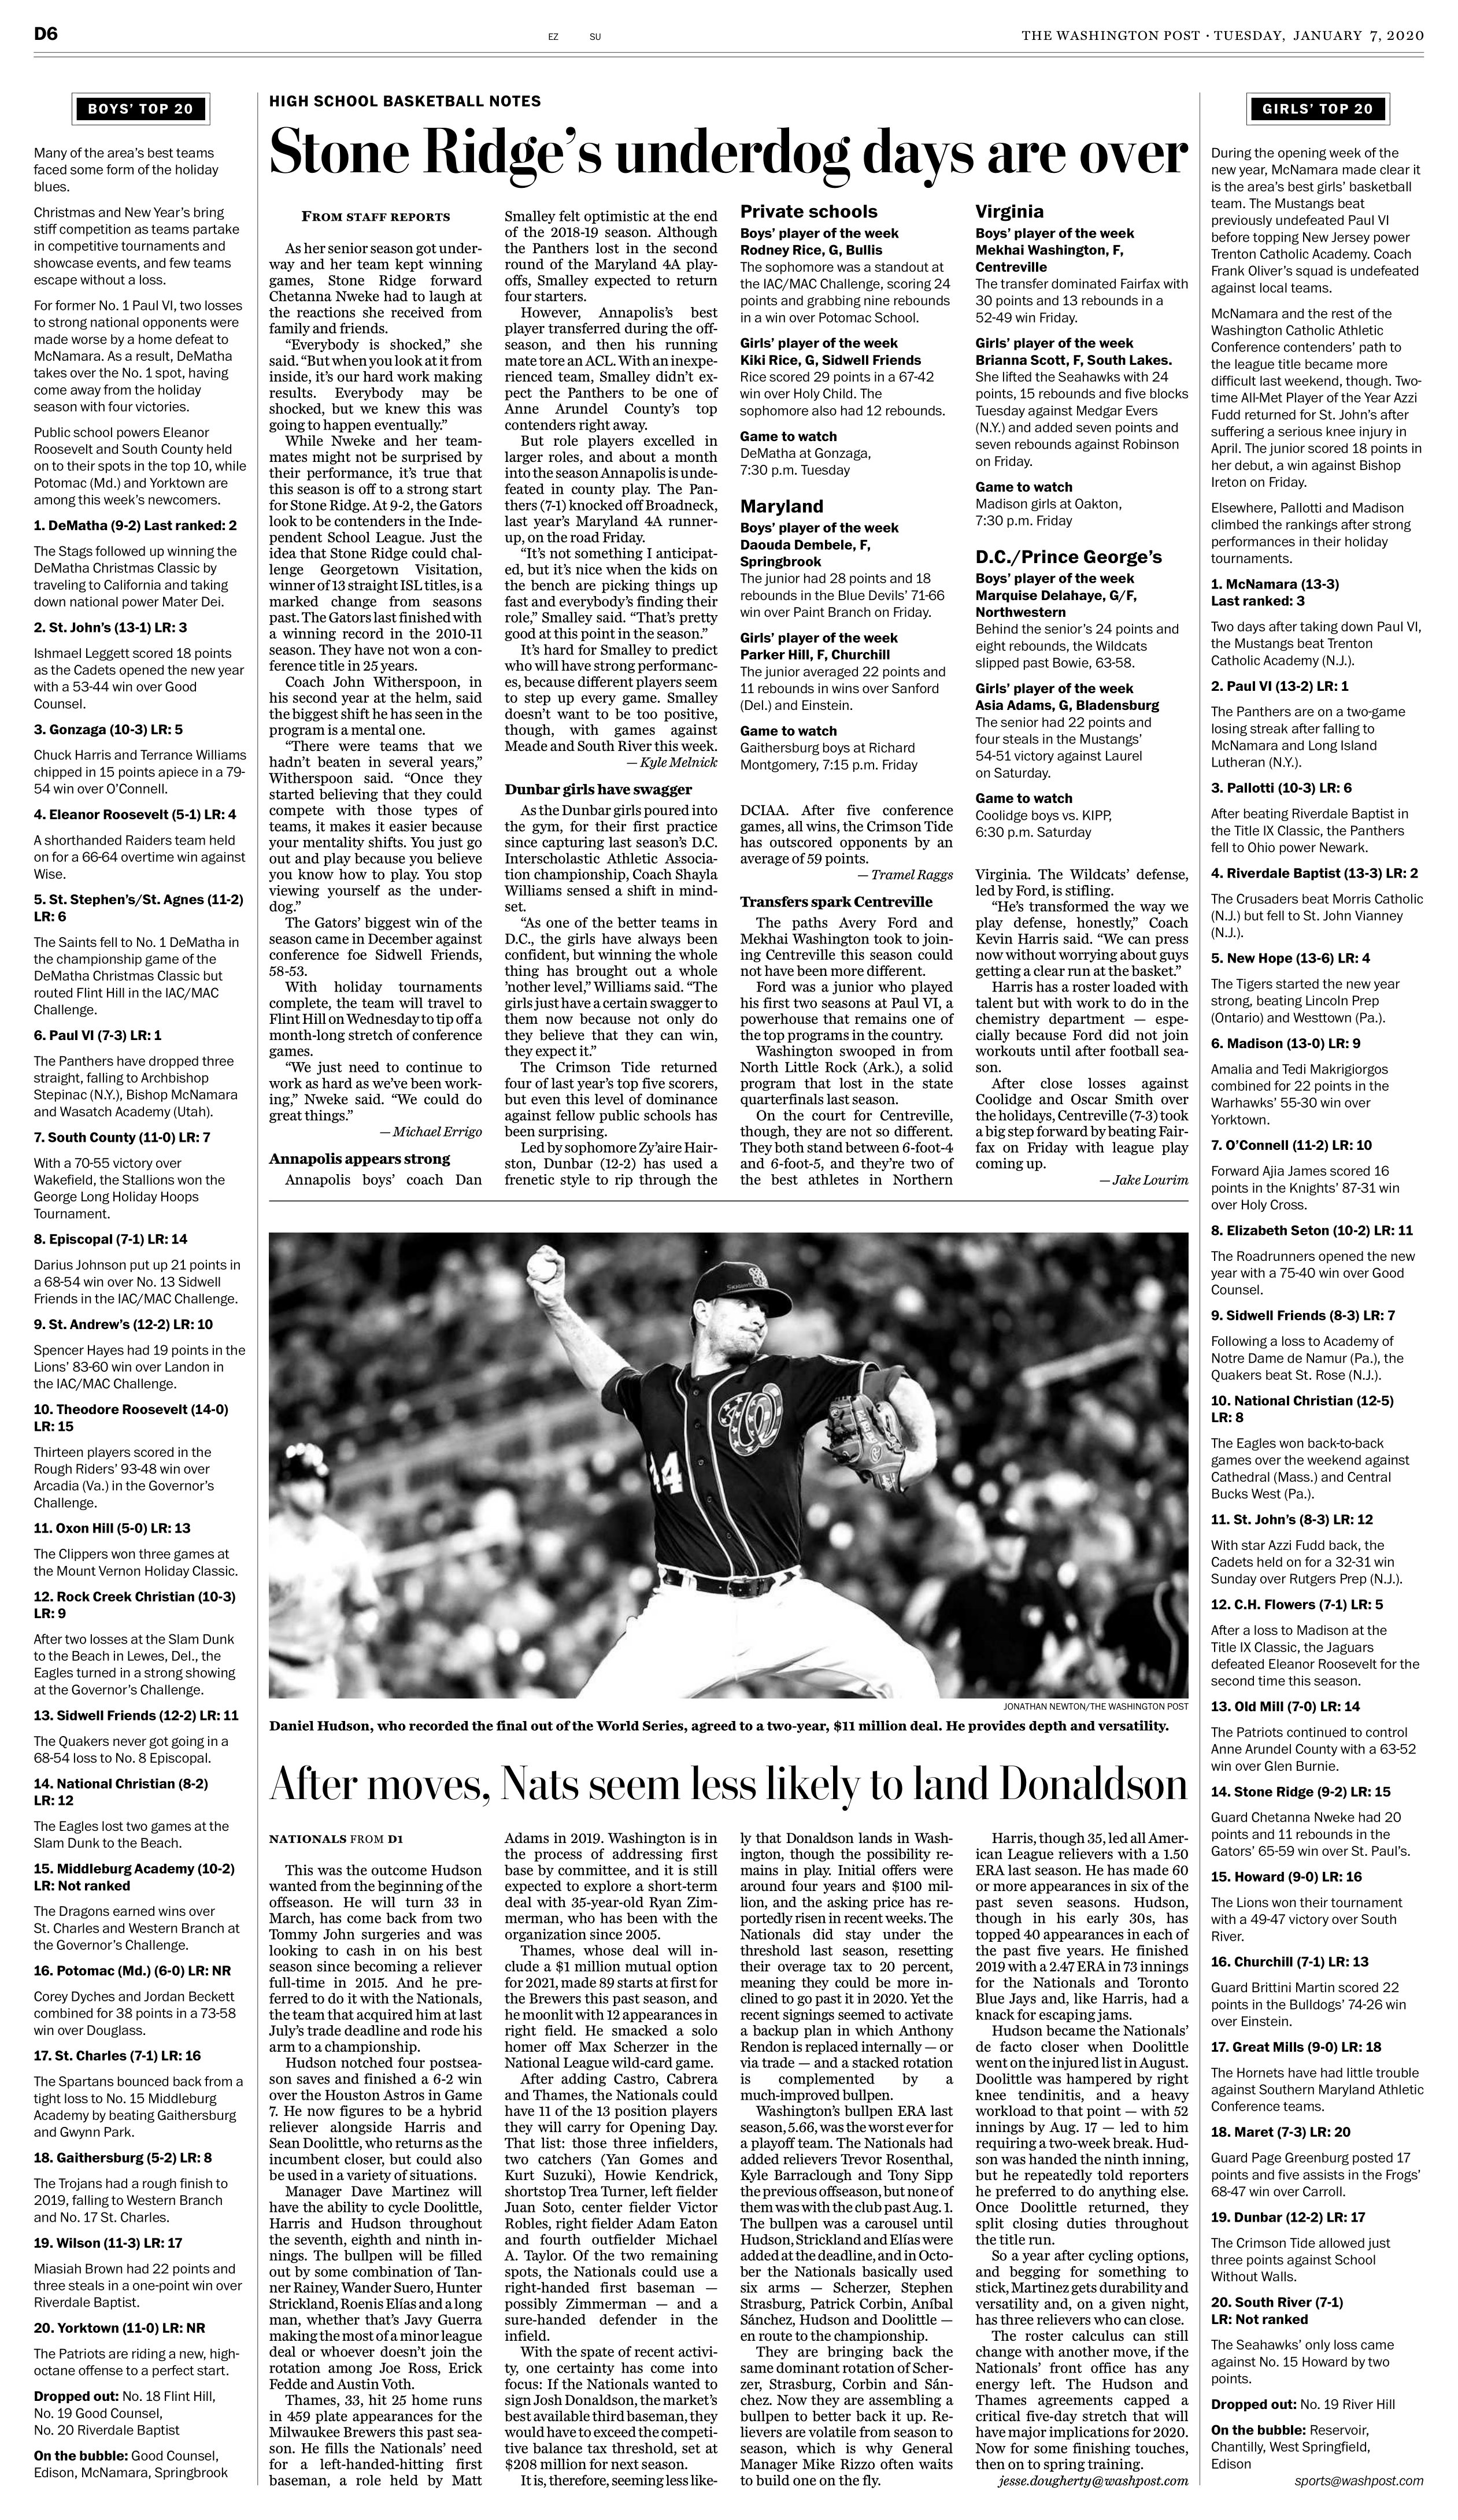
Language: en